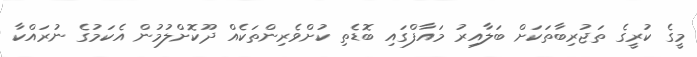
މީގެ ކުރީގެ ތަޖުރިބާތަކަށް ބަލާއިރު މައާފްގައި ބޮޑެތި ކުށްވެރިންތަކެއް ދޫކޮށްލުމުން އެކަމުގެ ނުރައްކާ